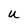
Character: U